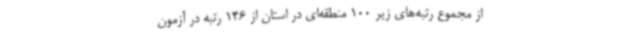
از مجموع رتبه‌های زیر 100 منطقه‌ای در استان از 146 رتبه در آزمون